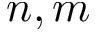
n , m